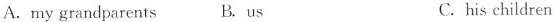
A.my grandparents B.us C.his children